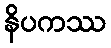
နိပကဿ